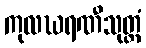
ကုလဃရဏီသုတ္တံ